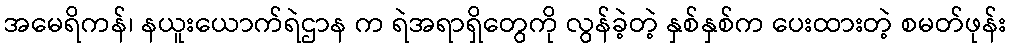
အမေရိကန်၊ နယူးယောက်ရဲဌာန က ရဲအရာရှိတွေကို လွန်ခဲ့တဲ့ နှစ်နှစ်က ပေးထားတဲ့ စမတ်ဖုန်း